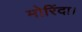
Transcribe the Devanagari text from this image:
मोरिंदा।